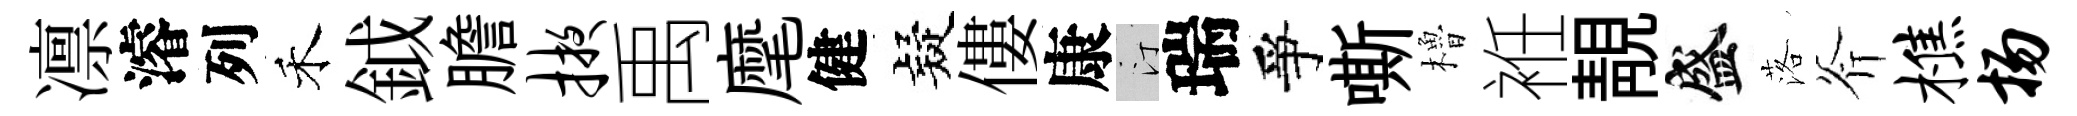
凛濬列禾鉞膽掖禹麾健疑僂康汀瑞爭嘶櫓袵靚盛落斧樵扬